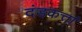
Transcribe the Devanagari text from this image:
दंडकर्त्ता